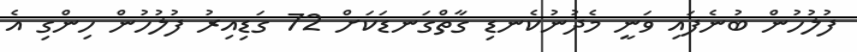
ފުލުހުން ބުނެފައި ވަނީ މެދުނުކެނޑި ގާތްގަނޑަކަށް 72 ގަޑިއިރު ފުލުހުން ހިންގި އެ